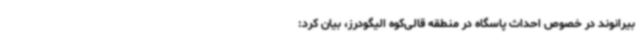
بیرانوند در خصوص احداث پاسگاه در منطقه قالی‌کوه الیگودرز، بیان کرد: